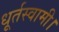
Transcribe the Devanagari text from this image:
धूर्तस्वामी।